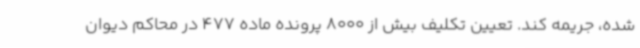
شده، جریمه کند. تعیین تکلیف بیش از 8000 پرونده ماده 477 در محاکم دیوان